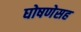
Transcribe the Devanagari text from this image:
घोषणेसह